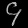
Digit: ၄